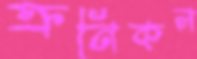
ক্রনিকল